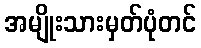
အမျိုးသားမှတ်ပုံတင်